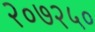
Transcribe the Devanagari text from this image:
२०७२५०